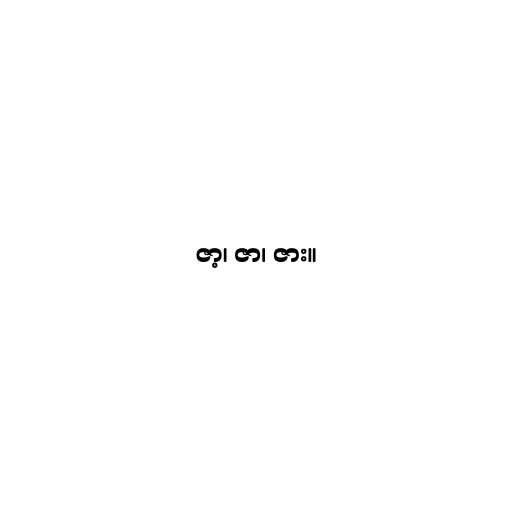
ဇာ့၊ ဇာ၊ ဇား။